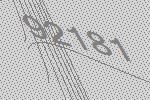
92181